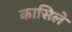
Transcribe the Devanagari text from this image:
कासिले